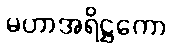
မဟာအရိဋ္ဌကော